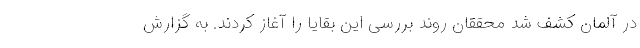
در آلمان کشف شد محققان روند بررسی این بقایا را آغاز کردند. به گزارش